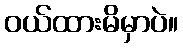
ဝယ်ထားမိမှာပဲ။